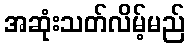
အဆုံးသတ်လိမ့်မည်